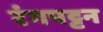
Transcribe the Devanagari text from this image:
रंगपट्टन